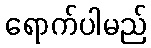
ရောက်ပါမည်